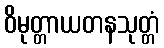
ဝိမုတ္တာယတနသုတ္တံ